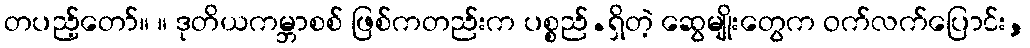
တပည့်တော်။ ။ ဒုတိယကမ္ဘာစစ် ဖြစ်ကတည်းက ပစ္စည်.ရှိတဲ့ ဆွေမျိုးတွေက ဝက်လက်ပြောင်း,